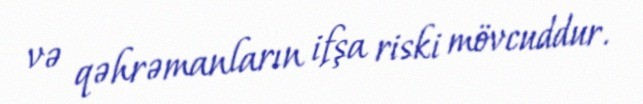
və qəhrəmanların ifşa riski mövcuddur.